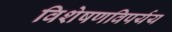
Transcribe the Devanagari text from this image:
विशेषणविपर्यय